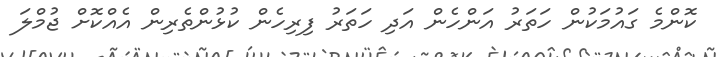
ކޮންމެ ގައުމަކުން ހަތަރު އަންހެން އަދި ހަތަރު ފިރިހެން ކުޅުންތެރިން އެއްކޮށް ޖުމްލަ